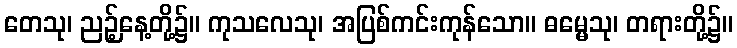
တေသု၊ ညဉ့်နေ့တို့၌။ ကုသလေသု၊ အပြစ်ကင်းကုန်သော။ ဓမ္မေသု၊ တရားတို့၌။